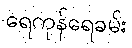
ရေကုန်ရေခမ်း